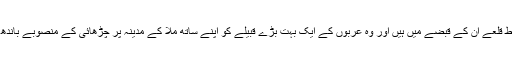
آٹھ مضبوط قلعے ان کے قبضے میں ہیں اور وہ عربوں کے ایک بہت بڑے قبیلے کو اپنے ساتھ ملا کے مدینہ پر چڑھائی کے منصوبے باندھ رہے ہیں۔